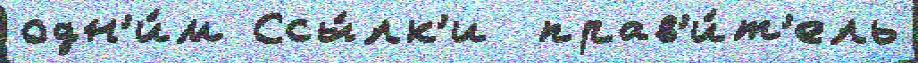
одн'и́м Ссы́лк'и  прав'и́т'ель